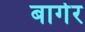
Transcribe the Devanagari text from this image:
बार्गर